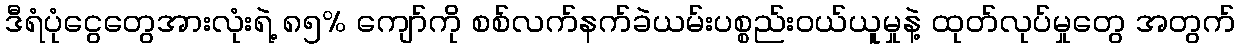
ဒီရံပုံငွေတွေအားလုံးရဲ့ ၈၅% ကျော်ကို စစ်လက်နက်ခဲယမ်းပစ္စည်းဝယ်ယူမှုနဲ့ ထုတ်လုပ်မှုတွေ အတွက်